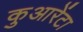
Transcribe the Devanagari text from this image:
कुआरेंटा